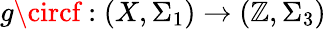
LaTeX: g\circf:(X,\Sigma_{1})\to(\mathbb{Z},\Sigma_{3})